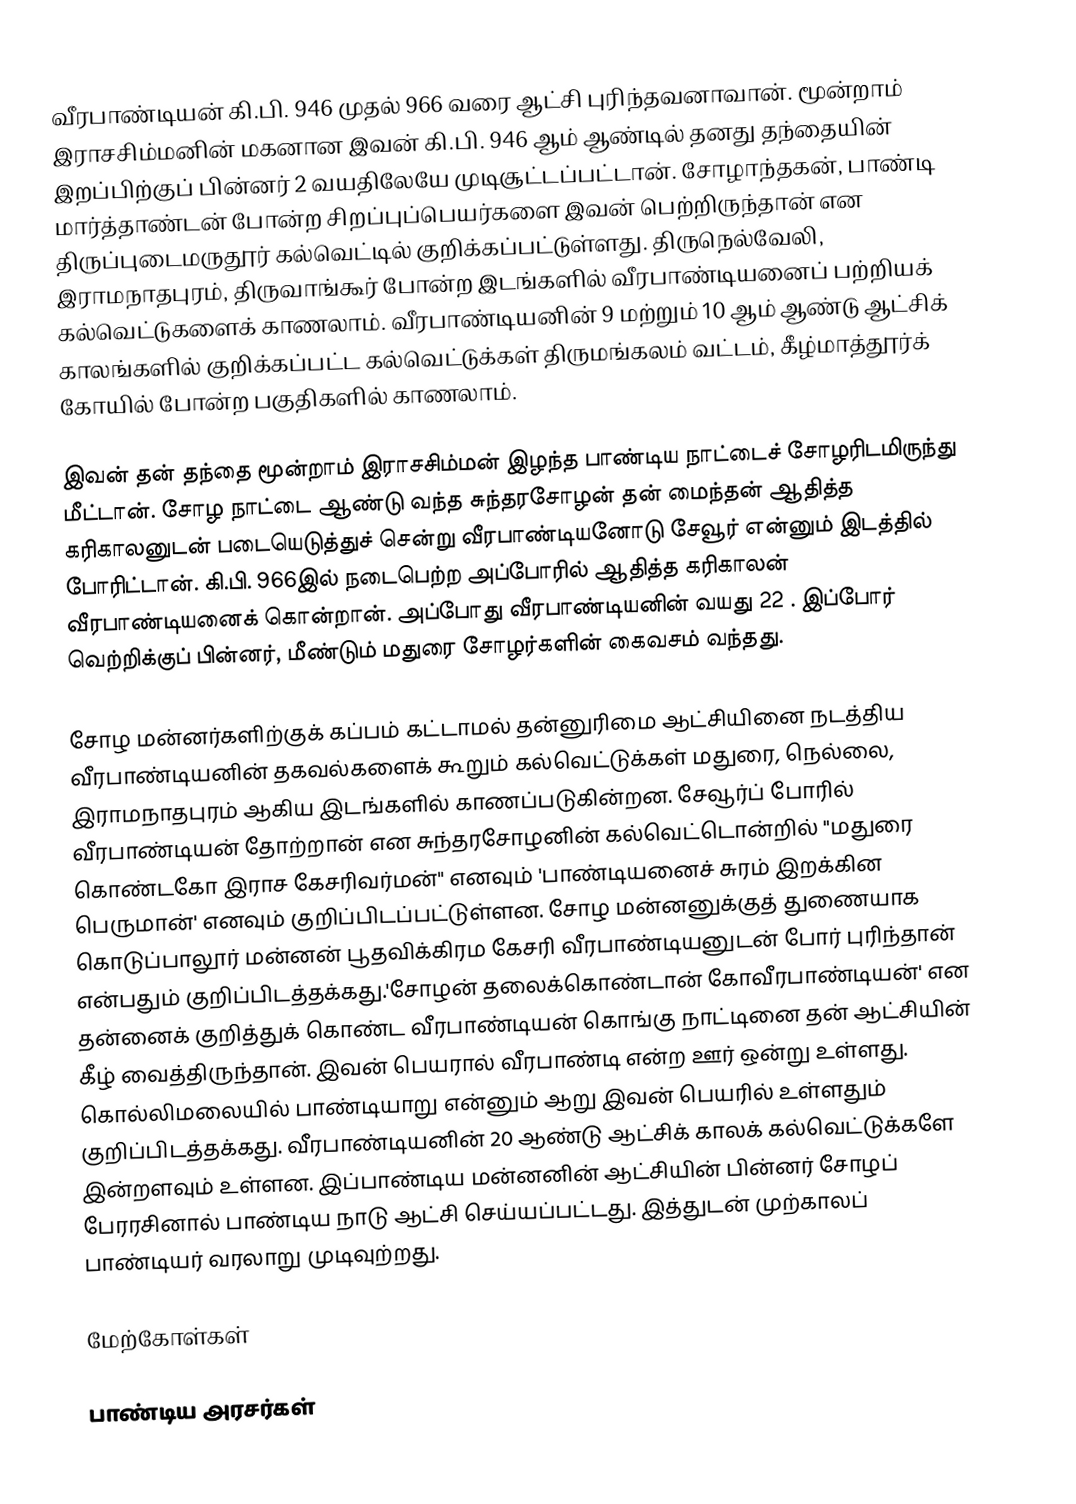
வீரபாண்டியன் கி.பி. 946 முதல் 966 வரை ஆட்சி புரிந்தவனாவான். மூன்றாம் இராசசிம்மனின் மகனான இவன் கி.பி. 946 ஆம் ஆண்டில் தனது தந்தையின் இறப்பிற்குப் பின்னர் 2 வயதிலேயே முடிசூட்டப்பட்டான். சோழாந்தகன், பாண்டி மார்த்தாண்டன் போன்ற சிறப்புப்பெயர்களை இவன் பெற்றிருந்தான் என திருப்புடைமருதூர் கல்வெட்டில் குறிக்கப்பட்டுள்ளது. திருநெல்வேலி, இராமநாதபுரம், திருவாங்கூர் போன்ற இடங்களில் வீரபாண்டியனைப் பற்றியக் கல்வெட்டுகளைக் காணலாம். வீரபாண்டியனின் 9 மற்றும் 10 ஆம் ஆண்டு ஆட்சிக் காலங்களில் குறிக்கப்பட்ட கல்வெட்டுக்கள் திருமங்கலம் வட்டம், கீழ்மாத்தூர்க் கோயில் போன்ற பகுதிகளில் காணலாம்.

இவன் தன் தந்தை மூன்றாம் இராசசிம்மன் இழந்த பாண்டிய நாட்டைச் சோழரிடமிருந்து மீட்டான். சோழ நாட்டை ஆண்டு வந்த சுந்தரசோழன் தன் மைந்தன் ஆதித்த கரிகாலனுடன் படையெடுத்துச் சென்று வீரபாண்டியனோடு சேவூர் என்னும் இடத்தில் போரிட்டான். கி.பி. 966இல் நடைபெற்ற அப்போரில் ஆதித்த கரிகாலன் வீரபாண்டியனைக் கொன்றான். அப்போது வீரபாண்டியனின் வயது 22 . இப்போர் வெற்றிக்குப் பின்னர், மீண்டும் மதுரை சோழர்களின் கைவசம் வந்தது.

சோழ மன்னர்களிற்குக் கப்பம் கட்டாமல் தன்னுரிமை ஆட்சியினை நடத்திய வீரபாண்டியனின் தகவல்களைக் கூறும் கல்வெட்டுக்கள் மதுரை, நெல்லை, இராமநாதபுரம் ஆகிய இடங்களில் காணப்படுகின்றன. சேவூர்ப் போரில் வீரபாண்டியன் தோற்றான் என சுந்தரசோழனின் கல்வெட்டொன்றில் "மதுரை கொண்டகோ இராச கேசரிவர்மன்" எனவும் 'பாண்டியனைச் சுரம் இறக்கின பெருமான்' எனவும்  குறிப்பிடப்பட்டுள்ளன. சோழ மன்னனுக்குத் துணையாக கொடுப்பாலூர் மன்னன் பூதவிக்கிரம கேசரி வீரபாண்டியனுடன் போர் புரிந்தான் என்பதும் குறிப்பிடத்தக்கது.'சோழன் தலைக்கொண்டான் கோவீரபாண்டியன்' என தன்னைக் குறித்துக் கொண்ட வீரபாண்டியன் கொங்கு நாட்டினை தன் ஆட்சியின் கீழ் வைத்திருந்தான். இவன் பெயரால் வீரபாண்டி என்ற ஊர் ஒன்று உள்ளது. கொல்லிமலையில் பாண்டியாறு என்னும் ஆறு இவன் பெயரில் உள்ளதும் குறிப்பிடத்தக்கது. வீரபாண்டியனின் 20 ஆண்டு ஆட்சிக் காலக் கல்வெட்டுக்களே இன்றளவும் உள்ளன. இப்பாண்டிய மன்னனின் ஆட்சியின் பின்னர் சோழப் பேரரசினால் பாண்டிய நாடு ஆட்சி செய்யப்பட்டது. இத்துடன் முற்காலப் பாண்டியர் வரலாறு முடிவுற்றது.

மேற்கோள்கள்

பாண்டிய அரசர்கள்